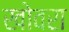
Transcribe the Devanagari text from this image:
खोवरा